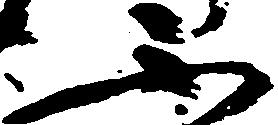
不